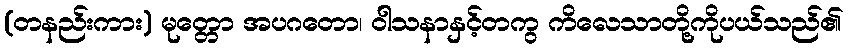
(တနည်းကား) မုတ္တော အပဂတော၊ ဝါသနာနှင့်တကွ ကိလေသာတို့ကိုပယ်သည်၏